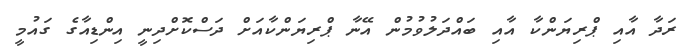
ރަދާ އާއި ޕްރިޔަންކާ އާއި ބައްދަލުވުމުން އޭނާ ޕްރިޔަންކާއަށް ދަސްކޮށްދިނީ އިންޑިއާގެ ގައުމީ